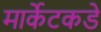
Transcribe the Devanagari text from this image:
मार्केटकडे